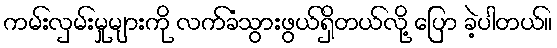
ကမ်းလှမ်းမှုများကို လက်ခံသွားဖွယ်ရှိတယ်လို့ ပြော ခဲ့ပါတယ်။